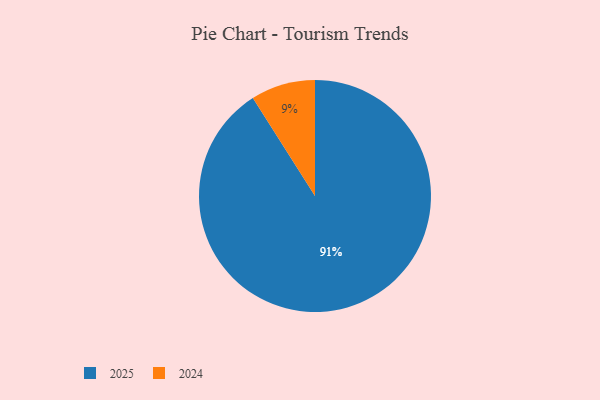
{"axis": {"x": "Category", "y": "Percentage"}, "legend": ["2024", "2025"], "data": [{"x": "2024", "y": 9, "type": "2024"}, {"x": "2025", "y": 91, "type": "2025"}]}